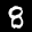
Label: 8